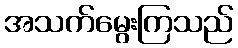
အသက်မွေးကြသည်